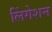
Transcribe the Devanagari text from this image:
लिंगेशन